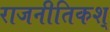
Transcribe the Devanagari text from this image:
राजनीतिकश्